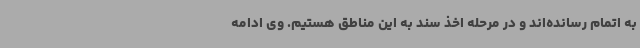
به اتمام رسانده‌اند و در مرحله اخذ سند به این مناطق هستیم. وی ادامه